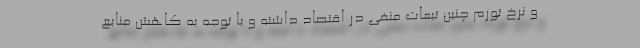
و نرخ تورم چنین تبعات منفی در اقتصاد داشته و با توجه به کاهش منابع